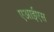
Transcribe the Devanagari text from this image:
एआईएस